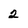
Character: 2